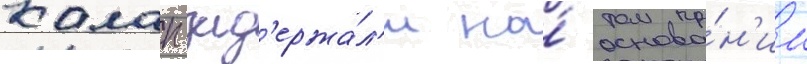
калап зад'ержа́л'и на́ основа́н'ии